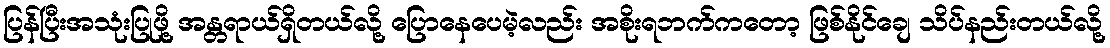
ပြန်ပြီးအသုံးပြုဖို့ အန္တရာယ်ရှိတယ်လို့ ပြောနေပေမဲ့လည်း အစိုးရဘက်ကတော့ ဖြစ်နိုင်ချေ သိပ်နည်းတယ်လို့